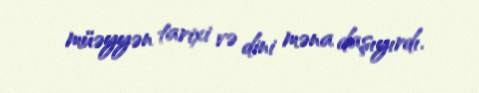
müəyyən tarixi və dini məna daşıyırdı.